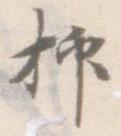
抑